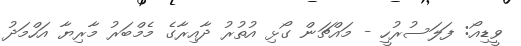
ވީޑިއޯ: ފަލަސުރުހީ - މައްޗަން ގޯޅި އުތުރު ދާއިރާގެ މެމްބަރު މާރިޔާ އަހްމަދު